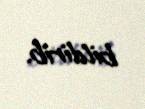
bildirib.